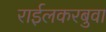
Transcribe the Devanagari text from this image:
राईलकरबुवा